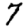
Digit: 7